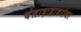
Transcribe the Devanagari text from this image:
चेतादाहाबरोबर